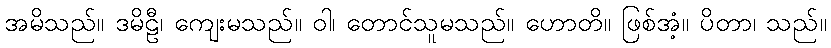
အမိသည်။ ဒမိဠီ၊ ကျေးမသည်။ ဝါ၊ တောင်သူမသည်။ ဟောတိ။ ဖြစ်အံ့။ ပိတာ၊ သည်။